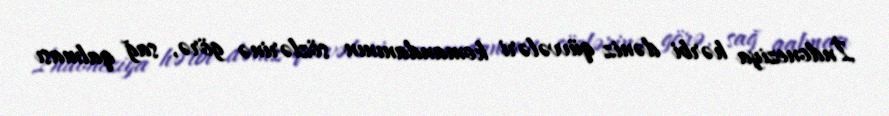
İndoneziya hərbi dəniz qüvvələri komandanının sözlərinə görə, sağ qalması